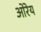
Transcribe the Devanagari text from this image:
ओरेय